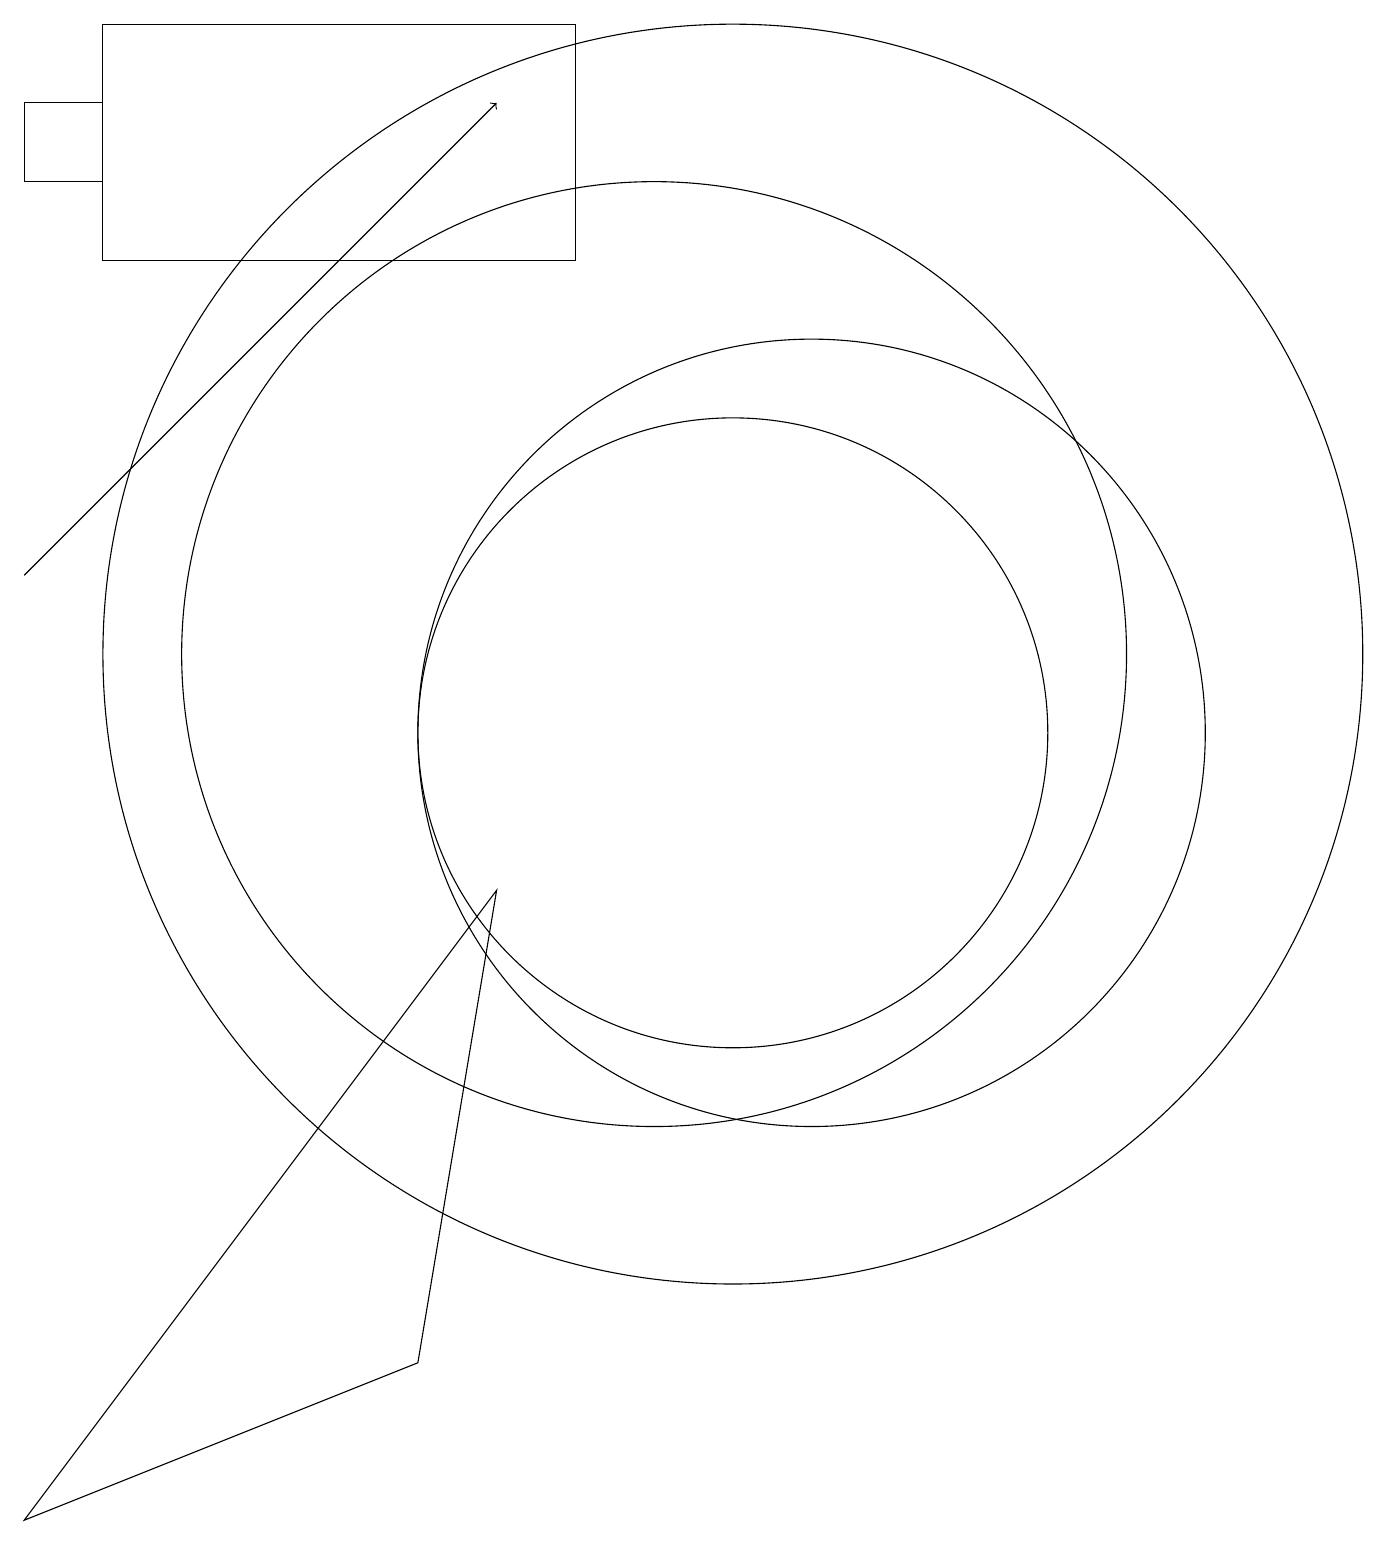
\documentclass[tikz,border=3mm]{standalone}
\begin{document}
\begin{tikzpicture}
\draw (12,10) circle (5);
\draw[->] (2,12) -- (8,18);
\draw (9,19) rectangle (3,16);
\draw (2,18) rectangle (3,17);
\draw (10,11) circle (6);
\draw (11,10) circle (4);
\draw (11,11) circle (8);
\draw (2,0) -- (8,8) -- (7,2) -- cycle;
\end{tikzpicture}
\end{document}